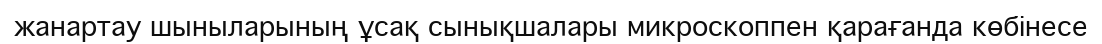
жанартау шыныларының ұсақ сынықшалары микроскоппен қарағанда көбінесе